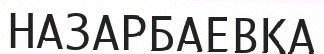
НАЗАРБАЕВҚА